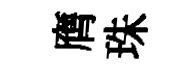
膺珠